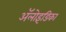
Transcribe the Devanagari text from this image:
ॲलोइंडिका